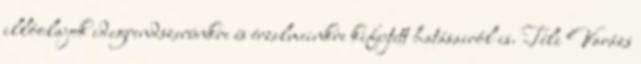
illóolajok idegrendszerünkre és érzelmeinkre kifejtett hatásairól is. Téli Varázs